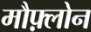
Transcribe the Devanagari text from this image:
मौफ़्लोन